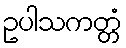
ဥပါသကတ္တံ